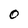
Character: o